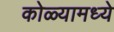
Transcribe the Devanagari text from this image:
कोळ्यामध्ये